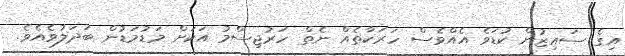
އިގެ ސައިޒުން ކުޑަވެ އެއްވެސް ހަރަކާތެއް ނެތް ހަރުޖިސްމު އަކަށް މަޑުމަޑުން ބަދަލުވެއެވެ.